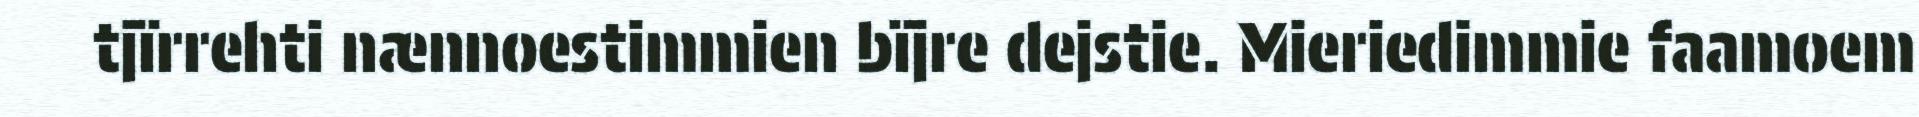
tjïrrehti nænnoestimmien bïjre dejstie. Mieriedimmie faamoem